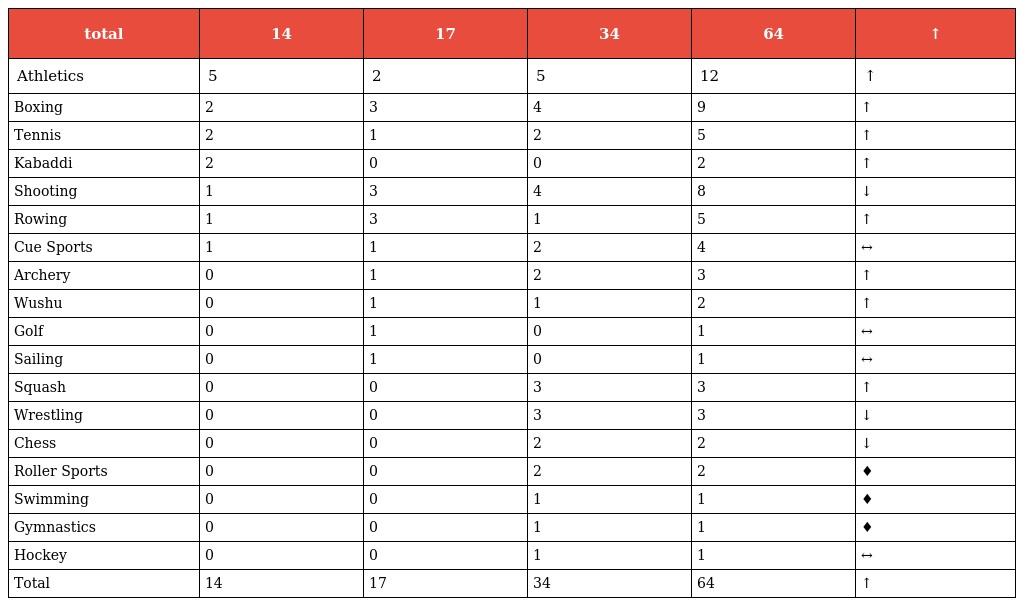
| total | 14 | 17 | 34 | 64 | ↑ |
 | --- | --- | --- | --- | --- | --- |
 | Athletics | 5 | 2 | 5 | 12 | ↑ |
 | Boxing | 2 | 3 | 4 | 9 | ↑ |
 | Tennis | 2 | 1 | 2 | 5 | ↑ |
 | Kabaddi | 2 | 0 | 0 | 2 | ↑ |
 | Shooting | 1 | 3 | 4 | 8 | ↓ |
 | Rowing | 1 | 3 | 1 | 5 | ↑ |
 | Cue Sports | 1 | 1 | 2 | 4 | ↔ |
 | Archery | 0 | 1 | 2 | 3 | ↑ |
 | Wushu | 0 | 1 | 1 | 2 | ↑ |
 | Golf | 0 | 1 | 0 | 1 | ↔ |
 | Sailing | 0 | 1 | 0 | 1 | ↔ |
 | Squash | 0 | 0 | 3 | 3 | ↑ |
 | Wrestling | 0 | 0 | 3 | 3 | ↓ |
 | Chess | 0 | 0 | 2 | 2 | ↓ |
 | Roller Sports | 0 | 0 | 2 | 2 | ♦ |
 | Swimming | 0 | 0 | 1 | 1 | ♦ |
 | Gymnastics | 0 | 0 | 1 | 1 | ♦ |
 | Hockey | 0 | 0 | 1 | 1 | ↔ |
 | Total | 14 | 17 | 34 | 64 | ↑ |